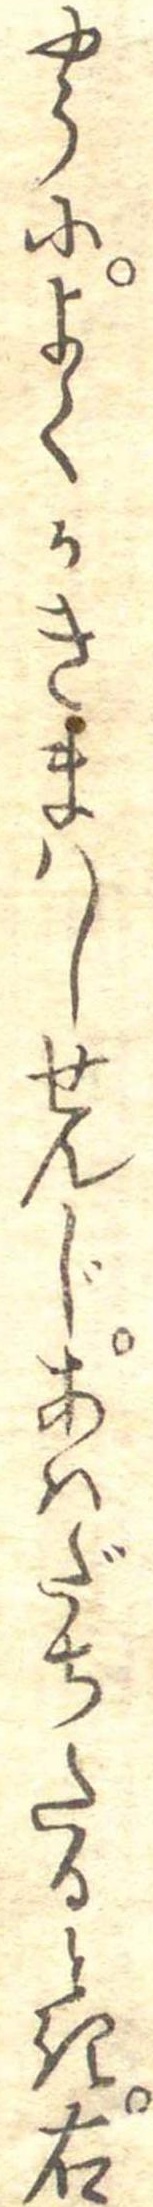
やうによくかきまはしせんじあはだちたるとき右